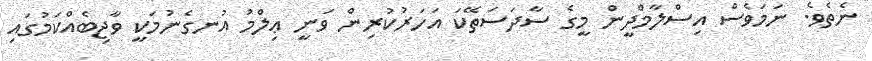
ނެތެވެ. ނަމަވެސް އިސްލާމްދީން މީގެ ސާދަސަތޭކަ އަހަރުކުރިން ވަނީ ޢިލްމު އުނގެނުމަކީ ވާޖިބެއްކަމުގައި